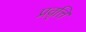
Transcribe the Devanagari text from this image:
प्रवृत्ति